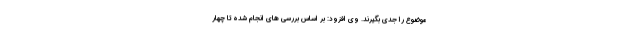
موضوع را جدی بگیرند. وی افزود: بر اساس بررسی های انجام شده تا چهار